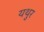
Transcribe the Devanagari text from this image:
यथुर